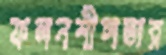
ফলনশীলতার